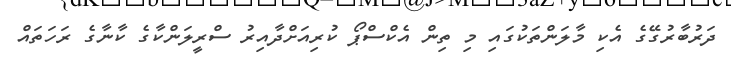
ދަރުބާރުގޭގެ އެކި މާލަންތަކުގައި މި ތިން އެކްސްޕޯ ކުރިއަށްދާއިރު ސްރީލަންކާގެ ކާނާގެ ރަހަތައް